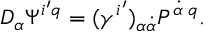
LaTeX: D _ { \alpha } \Psi ^ { i ^ { \prime } q } = ( \gamma ^ { i ^ { \prime } } ) _ { \alpha \dot { \alpha } } P ^ { \dot { \alpha } \; q } .